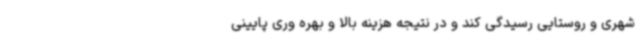
شهری و روستایی رسیدگی کند و در نتیجه هزینه بالا و بهره وری پایینی